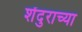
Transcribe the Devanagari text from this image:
शेंदुराच्या